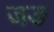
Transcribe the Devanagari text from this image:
जङ